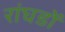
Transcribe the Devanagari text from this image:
रांघडों